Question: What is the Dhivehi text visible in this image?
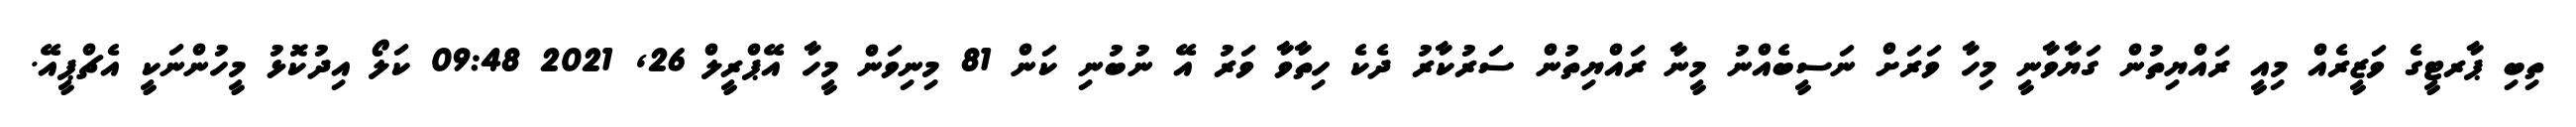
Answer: ތިބި ޕާރޓީގެ ވަޒީރެއް މިއީ ރައްޔިތުން ގަޔާވާނީ މިހާ ވަރަށް ނަސީބެއްނު މީނާ ރައްޔިތުން ސަރުކާރު ދެކެ ހިތާވާ ވަރު އޭ ނުބުނި ކަން 81 މިނިވަން މީހާ އޭޕްރީލް 26, 2021 09:48 ކަލޯ އިދުކޮޅު މީހުންނަކީ އެޗްޕީއޭ.